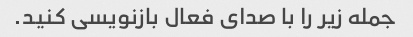
جمله زیر را با صدای فعال بازنویسی کنید.